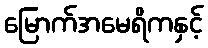
မြောက်အမေရိကနှင့်